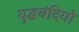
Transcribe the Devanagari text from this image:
युद्धबंदियो